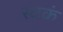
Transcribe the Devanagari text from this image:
स्वकं